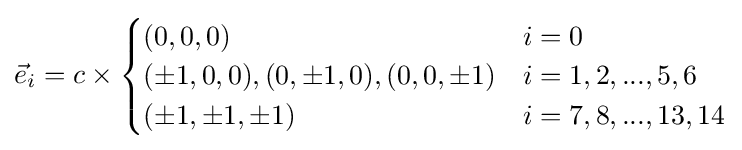
{\vec {e}}_{i}=c\times {\begin{cases}(0,0,0)&i=0\\(\pm 1,0,0),(0,\pm 1,0),(0,0,\pm 1)&i=1,2,...,5,6\\(\pm 1,\pm 1,\pm 1)&i=7,8,...,13,14\\\end{cases}}